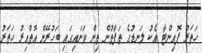
ހަތަރު ޕޮއިންޓާ އެކު ލަނޑުގެ ތަފާތުން ތިން ވަނައިގައި ބަހުރޭން އޮތްއިރު ހަތަރު